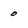
Character: o